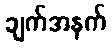
ချက်အနက်